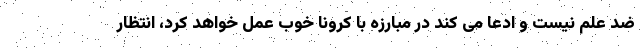
ضد علم نیست و ادعا می کند در مبارزه با کرونا خوب عمل خواهد کرد، انتظار